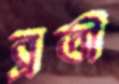
ব্রতী